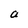
Character: a